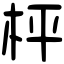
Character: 枰